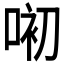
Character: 𱓏